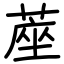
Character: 蓙